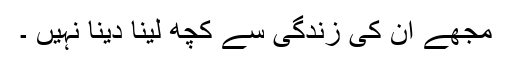
مجھے ان کی زندگی سے کچھ لینا دینا نہیں ۔